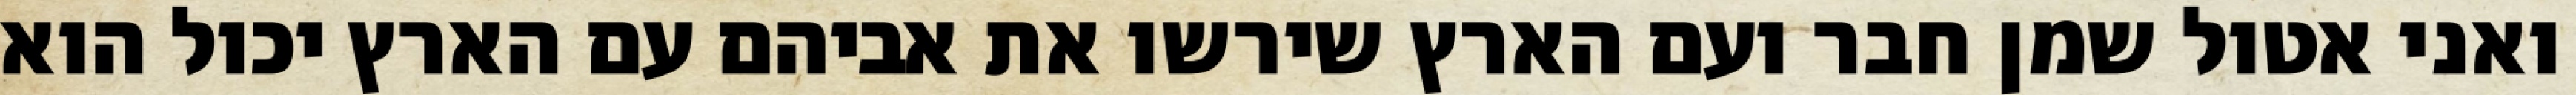
ואני אטול שמן חבר ועם הארץ שירשו את אביהם עם הארץ יכול הוא